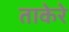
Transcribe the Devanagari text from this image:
ताकेरे